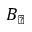
B _ { \perp }